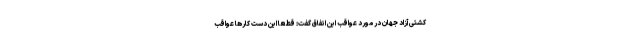
کشتی آزاد جهان در مورد عواقب این اتفاق گفت: قطعا این دست کارها عواقب